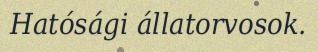
Hatósági állatorvosok.